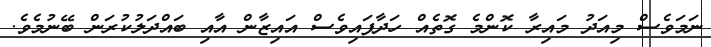
ނަމަވެސް މިއަދު މައިރާ ކޮންމެ ގޮތެއް ހަދާފައިވެސް އައިޒާން އާއި ބައްދަލުކުރަން ބޭނުމެވެ.